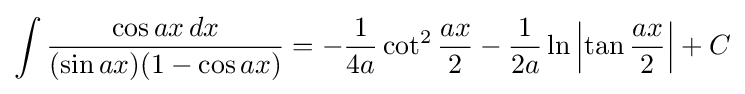
\int {\frac {\cos ax\,dx}{(\sin ax)(1-\cos ax)}}=-{\frac {1}{4a}}\cot ^{2}{\frac {ax}{2}}-{\frac {1}{2a}}\ln \left|\tan {\frac {ax}{2}}\right|+C